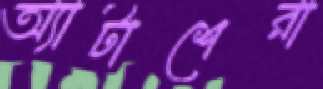
অ্যাটাশেরা